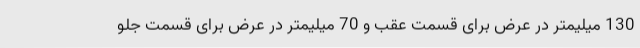
130 میلیمتر در عرض برای قسمت عقب و 70 میلیمتر در عرض برای قسمت جلو